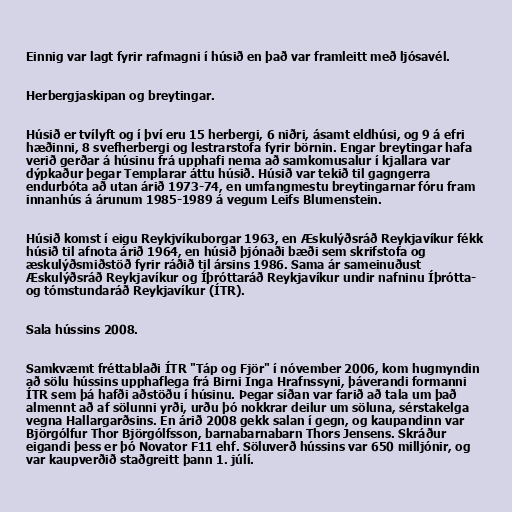
Einnig var lagt fyrir rafmagni í húsið en það var framleitt með ljósavél.

Herbergjaskipan og breytingar.

Húsið er tvílyft og í því eru 15 herbergi, 6 niðri, ásamt eldhúsi, og 9 á efri
hæðinni, 8 svefherbergi og lestrarstofa fyrir börnin. Engar breytingar hafa
verið gerðar á húsinu frá upphafi nema að samkomusalur í kjallara var
dýpkaður þegar Templarar áttu húsið. Húsið var tekið til gagngerra
endurbóta að utan árið 1973-74, en umfangmestu breytingarnar fóru fram
innanhús á árunum 1985-1989 á vegum Leifs Blumenstein.

Húsið komst í eigu Reykjvíkuborgar 1963, en Æskulýðsráð Reykjavíkur fékk
húsið til afnota árið 1964, en húsið þjónaði bæði sem skrifstofa og
æskulýðsmiðstöð fyrir ráðið til ársins 1986. Sama ár sameinuðust
Æskulýðsráð Reykjavíkur og Íþróttaráð Reykjavíkur undir nafninu Íþrótta-
og tómstundaráð Reykjavíkur (ÍTR).

Sala hússins 2008.

Samkvæmt fréttablaði ÍTR "Táp og Fjör" í nóvember 2006, kom hugmyndin
að sölu hússins upphaflega frá Birni Inga Hrafnssyni, þáverandi formanni
ÍTR sem þá hafði aðstöðu í húsinu. Þegar síðan var farið að tala um það
almennt að af sölunni yrði, urðu þó nokkrar deilur um söluna, sérstakelga
vegna Hallargarðsins. En árið 2008 gekk salan í gegn, og kaupandinn var
Björgólfur Thor Björgólfsson, barnabarnabarn Thors Jensens. Skráður
eigandi þess er þó Novator F11 ehf. Söluverð hússins var 650 milljónir, og
var kaupverðið staðgreitt þann 1. júlí.